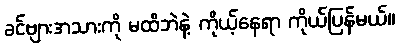
ခင်ဗျားအသားကို မထိဘဲနဲ့ ကိုယ့်နေရာ ကိုယ်ပြန်မယ်။